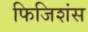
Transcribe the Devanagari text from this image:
फिजिशंस